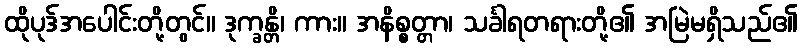
ထိုပုဒ်အပေါင်းတို့တွင်။ ဒုက္ခန္တိ၊ ကား။ အနိစ္စတ္တာ၊ သင်္ခါရတရားတို့၏ အမြဲမရှိသည်၏